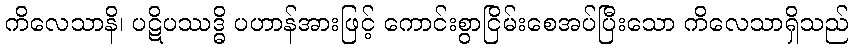
ကိလေသာနိ၊ ပဋိပဿဒ္ဓိ ပဟာန်အားဖြင့် ကောင်းစွာငြိမ်းစေအပ်ပြီးသော ကိလေသာရှိသည်